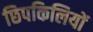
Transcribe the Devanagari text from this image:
छिपकिलियों